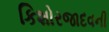
કિશોરજાદવની